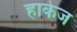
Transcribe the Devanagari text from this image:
हाकेज